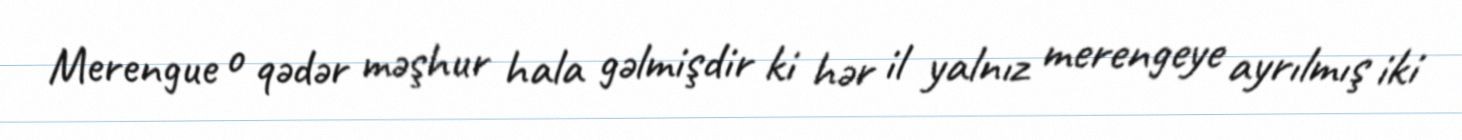
Merengue o qədər məşhur hala gəlmişdir ki hər il yalnız merengeye ayrılmış iki